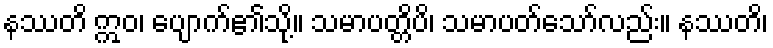
နဿတိ ဣဝ၊ ပျောက်၏သို့။ သမာပတ္တိပိ၊ သမာပတ်သော်လည်း။ နဿတိ၊